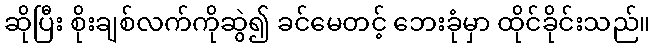
ဆိုပြီး စိုးချစ်လက်ကိုဆွဲ၍ ခင်မေတင့် ဘေးခုံမှာ ထိုင်ခိုင်းသည်။